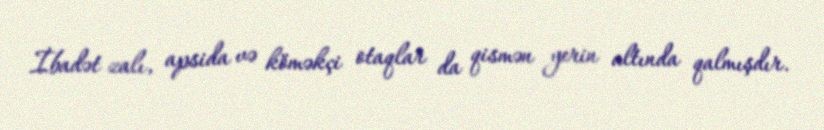
İbadət zalı, apsida və köməkçi otaqlar da qismən yerin altında qalmışdır.